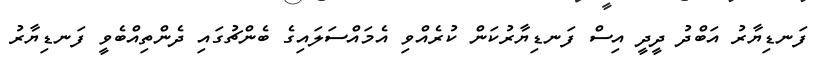
ފަނޑިޔާރު އަބްދު ދީދީ އިސް ފަނޑިޔާރުކަން ކުރެއްވި އެމައްސަލައިގެ ބެންޗުގައި ދެންތިއްބެވީ ފަނޑިޔާރު